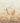
يا